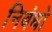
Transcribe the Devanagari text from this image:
निबंधो